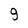
Character: g